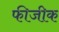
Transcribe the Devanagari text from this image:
फीजीक